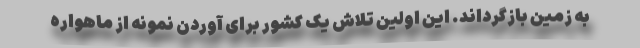
به زمین بازگرداند. این اولین تلاش یک کشور برای آوردن نمونه از ماهواره